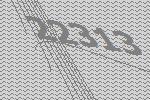
22313